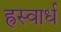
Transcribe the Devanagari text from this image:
ह्रस्वार्ध